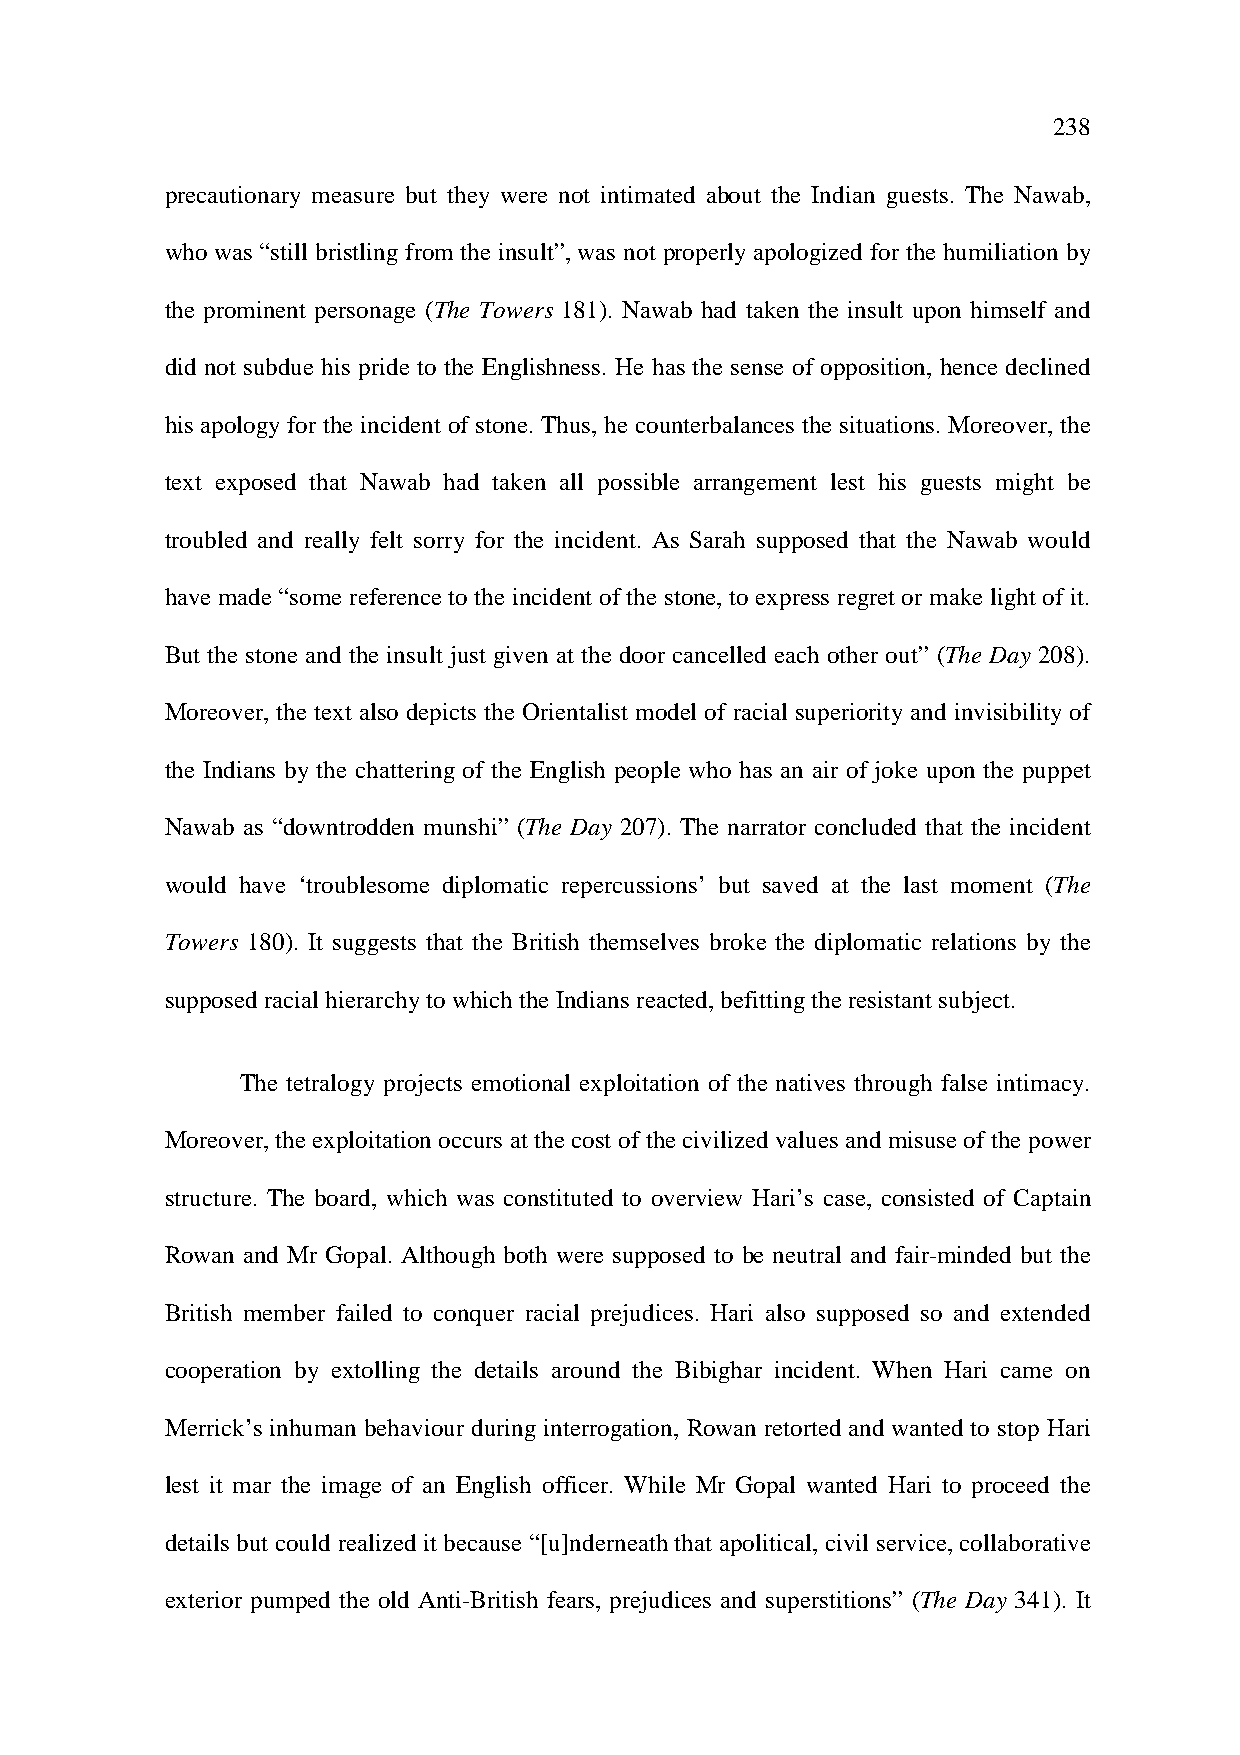
238
 precautionary measure but they were not intimated about the Indian guests. The Nawab,
 who was “still bristling from the insult”, was not properly apologized for the humiliation by
 the prominent personage (The Towers 181). Nawab had taken the insult upon himself and
 did not subdue his pride to the Englishness. He has the sense of opposition, hence declined
 his apology for the incident of stone. Thus, he counterbalances the situations. Moreover, the
 text exposed that Nawab had taken all possible arrangement lest his guests might be
 troubled and really felt sorry for the incident. As Sarah supposed that the Nawab would
 have made “some reference to the incident of the stone, to express regret or make light of it.
 But the stone and the insult just given at the door cancelled each other out” (The Day 208).
 Moreover, the text also depicts the Orientalist model of racial superiority and invisibility of
 the Indians by the chattering of the English people who has an air of joke upon the puppet
 Nawab as “downtrodden munshi” (The Day 207). The narrator concluded that the incident
 would have ‘troublesome diplomatic repercussions’ but saved at the last moment (The
 Towers 180). It suggests that the British themselves broke the diplomatic relations by the
 supposed racial hierarchy to which the Indians reacted, befitting the resistant subject.
 The tetralogy projects emotional exploitation of the natives through false intimacy.
 Moreover, the exploitation occurs at the cost of the civilized values and misuse of the power
 structure. The board, which was constituted to overview Hari’s case, consisted of Captain
 Rowan and Mr Gopal. Although both were supposed to be neutral and fair-minded but the
 British member failed to conquer racial prejudices. Hari also supposed so and extended
 cooperation by extolling the details around the Bibighar incident. When Hari came on
 Merrick’s inhuman behaviour during interrogation, Rowan retorted and wanted to stop Hari
 lest it mar the image of an English officer. While Mr Gopal wanted Hari to proceed the
 details but could realized it because “[u]nderneath that apolitical, civil service, collaborative
 exterior pumped the old Anti-British fears, prejudices and superstitions” (The Day 341). It